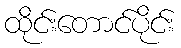
ထိုင်းတောင်ပိုင်း